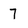
Character: 7